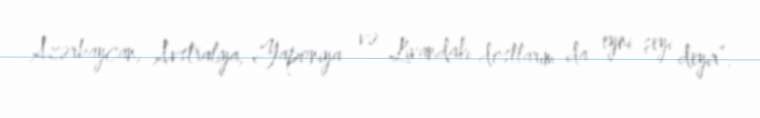
Azərbaycan, Avstraliya, Yaponiya və Livandakı dostlarım da eyni şeyi deyir”.